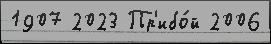
1907 2023 Пр'ибо́й 2006